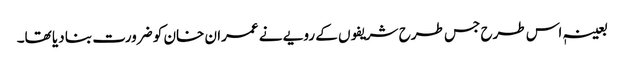
بعینہٖ اس طرح جس طرح شریفوں کے رویے نے عمران خان کو ضرورت بنا دیا تھا۔